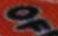
OF